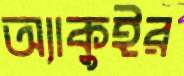
অ্যাকুইর